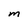
Character: m